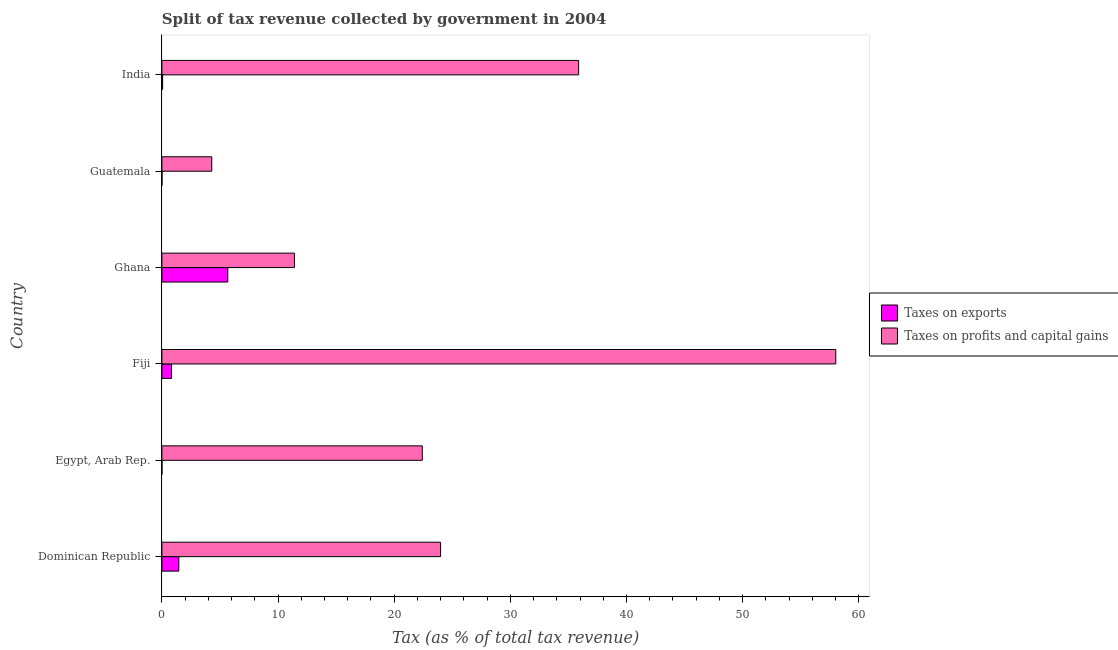
| Country | Taxes on exports | Taxes on profits and capital gains |
 | --- | --- | --- |
 | Dominican Republic | 1.46 | 24 |
 | Egypt, Arab Rep. | 0.00298 | 22.4 |
 | Fiji | 0.83 | 58 |
 | Ghana | 5.67 | 11.4 |
 | Guatemala | 0.00455 | 4.29 |
 | India | 0.062 | 35.9 |